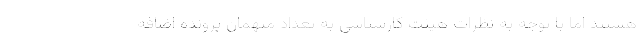
هستند اما با توجه به نظرات هیئت کارشناسی به تعداد متهمان پرونده اضافه